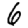
Digit: 6